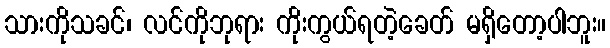
သားကိုသခင်၊ လင်ကိုဘုရား ကိုးကွယ်ရတဲ့ခေတ် မရှိတော့ပါဘူး။